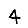
Digit: 4